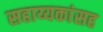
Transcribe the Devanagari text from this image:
सहाय्यकांसह